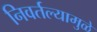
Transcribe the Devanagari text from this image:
निवर्तल्यामुळे